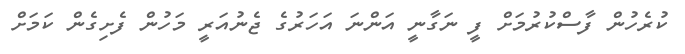
ކުރެހުން ފާސްކުރުމަށް ފީ ނަގާނީ އަންނަ އަހަރުގެ ޖެނުއަރީ މަހުން ފެށިގެން ކަަމަށް